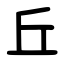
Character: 丘